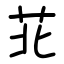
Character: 苝